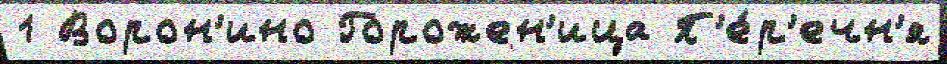
1 Ворон'ино Горожен'ица П'е́р'ечн'я